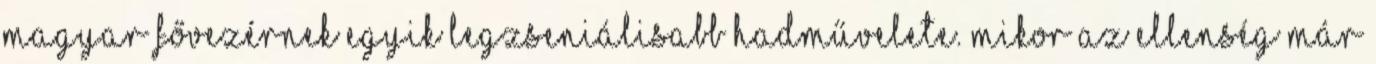
magyar fővezérnek egyik legzseniálisabb hadművelete. Mikor az ellenség már